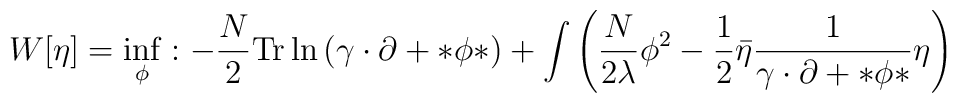
W[\eta]=\inf_{\phi}: -\frac{N}{2}{\rm Tr}\ln \left( \gamma\cdot\partial +*\phi*\right) +\int\left(\frac{N}{2\lambda}\phi^2-\frac{1}{2}\bar\eta\frac{1}{\gamma\cdot\partial+*\phi*}\eta\right)